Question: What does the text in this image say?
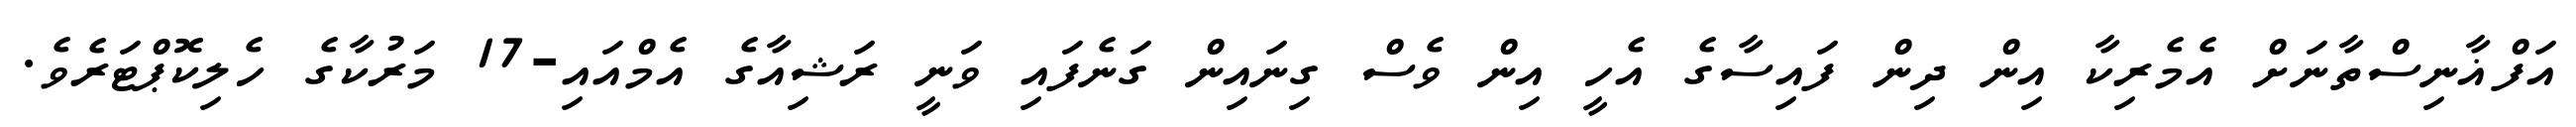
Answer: އަފްޣާނިސްތާނަށް އެމެރިކާ އިން ދިން ފައިސާގެ އެހީ އިން ވެސް ގިނައިން ގަނެފައި ވަނީ ރަޝިއާގެ އެމްއައި-17 މަރުކާގެ ހެލިކޮޕްޓަރެވެ.